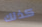
كذلك